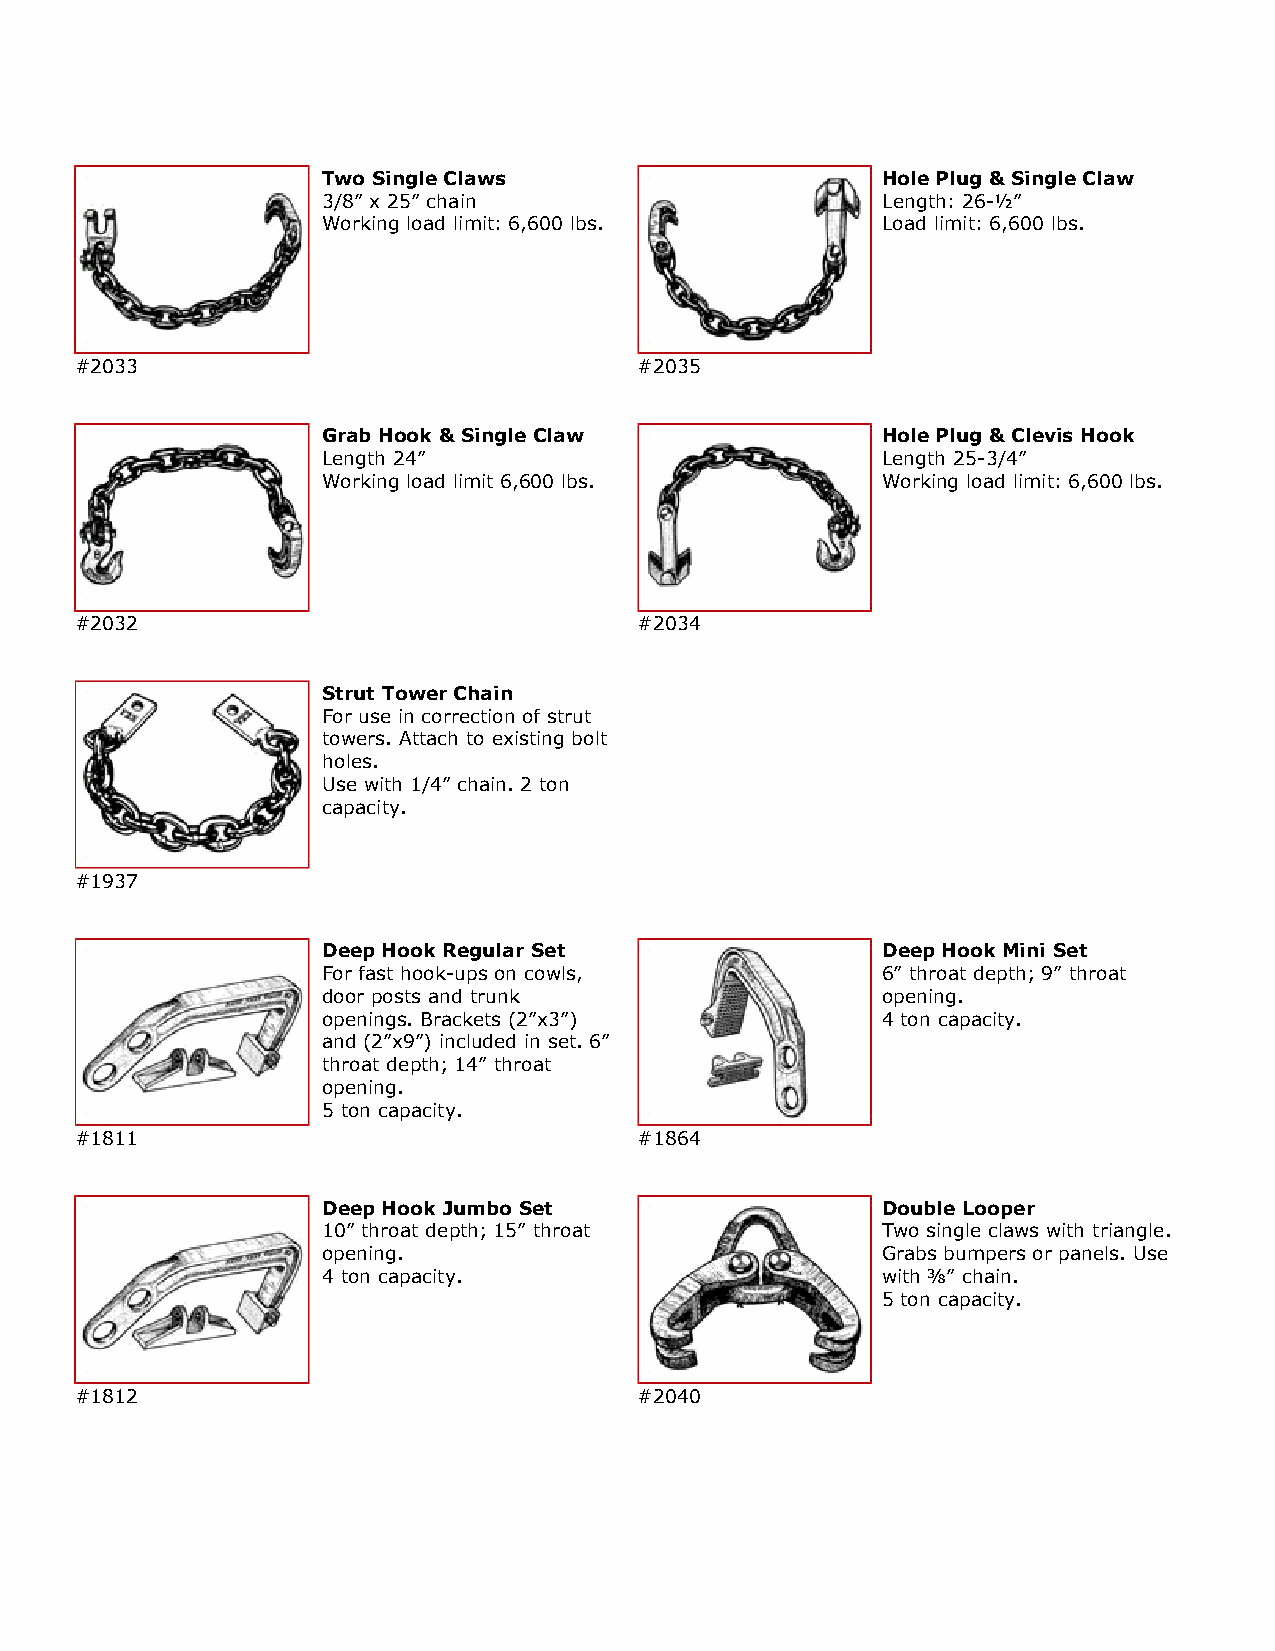
Two Single Claws                     Hole Plug & Single Claw
 3/8” x 25” chain                     Length: 26-½”
 Working load limit: 6,600 lbs.       Load limit: 6,600 lbs.
 #2033                                #2035
 Grab Hook & Single Claw              Hole Plug & Clevis Hook
 Length 24”                           Length 25-3/4”
 Working load limit 6,600 lbs.        Working load limit: 6,600 lbs.
 #2032                                #2034
 Strut Tower Chain
 For use in correction of strut
 towers. Attach to existing bolt
 holes.
 Use with 1/4” chain. 2 ton
 capacity.
 #1937
 Deep Hook Regular Set                Deep Hook Mini Set
 For fast hook-ups on cowls,          6” throat depth; 9” throat
 door posts and trunk                 opening.
 openings. Brackets (2”x3”)           4 ton capacity.
 and (2”x9”) included in set. 6”
 throat depth; 14” throat
 opening.
 5 ton capacity.
 #1811                                #1864
 Deep Hook Jumbo Set                  Double Looper
 10” throat depth; 15” throat         Two single claws with triangle.
 opening.                             Grabs bumpers or panels. Use
 4 ton capacity.                      with ⅜” chain.
 5 ton capacity.
 #1812                                #2040